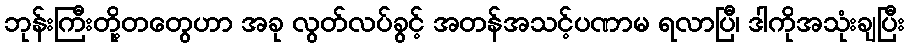
ဘုန်းကြီးတို့တတွေဟာ အခု လွတ်လပ်ခွင့် အတန်အသင့်ပဏာမ ရလာပြီ၊ ဒါကိုအသုံးချပြီး